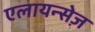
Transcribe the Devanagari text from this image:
एलायन्सेज़